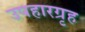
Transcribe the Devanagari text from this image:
उपहारग्रृह